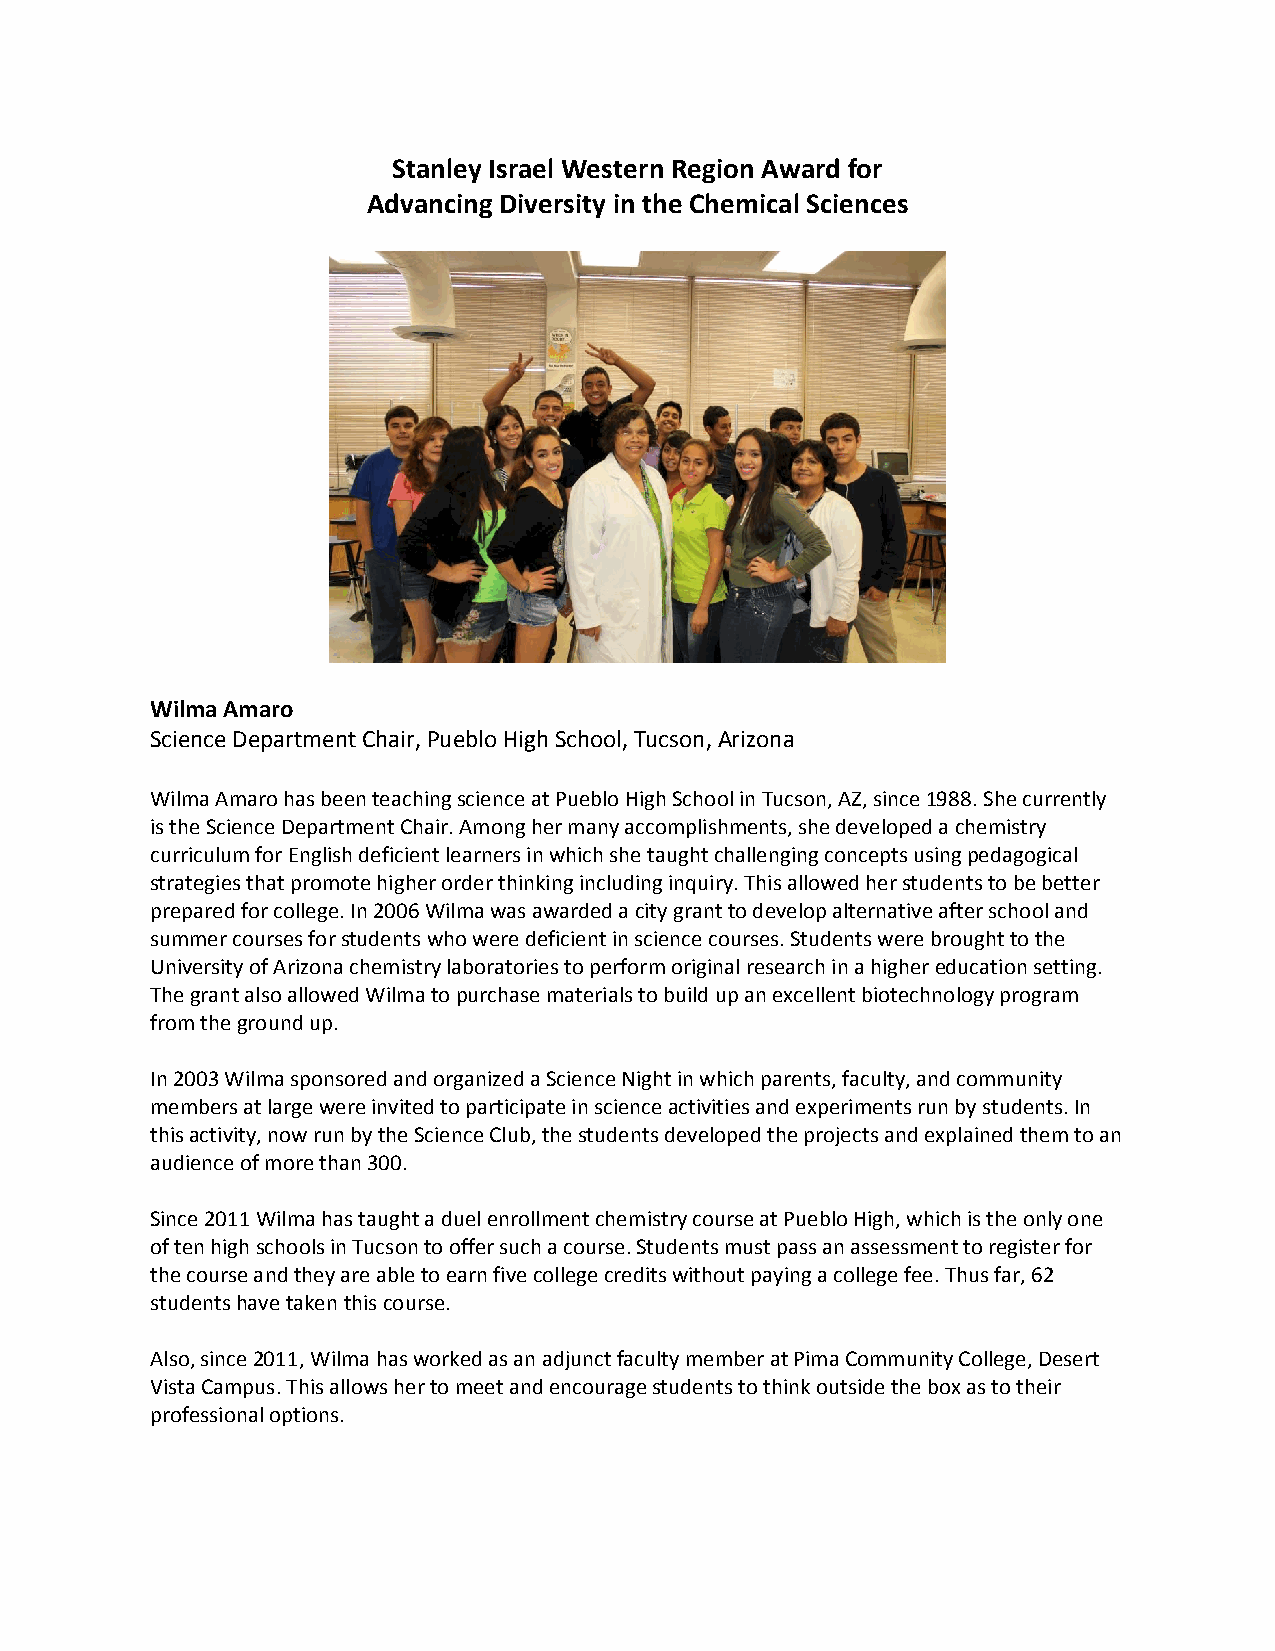
Stanley Israel Western Region Award for
 Advancing Diversity in the Chemical Sciences
 Wilma Amaro
 Science Department Chair, Pueblo High School, Tucson, Arizona
 Wilma Amaro has been teaching science at Pueblo High School in Tucson, AZ, since 1988. She currently
 is the Science Department Chair. Among her many accomplishments, she developed a chemistry
 curriculum for English deficient learners in which she taught challenging concepts using pedagogical
 strategies that promote higher order thinking including inquiry. This allowed her students to be better
 prepared for college. In 2006 Wilma was awarded a city grant to develop alternative after school and
 summer courses for students who were deficient in science courses. Students were brought to the
 University of Arizona chemistry laboratories to perform original research in a higher education setting.
 The grant also allowed Wilma to purchase materials to build up an excellent biotechnology program
 from the ground up.
 In 2003 Wilma sponsored and organized a Science Night in which parents, faculty, and community
 members at large were invited to participate in science activities and experiments run by students. In
 this activity, now run by the Science Club, the students developed the projects and explained them to an
 audience of more than 300.
 Since 2011 Wilma has taught a duel enrollment chemistry course at Pueblo High, which is the only one
 of ten high schools in Tucson to offer such a course. Students must pass an assessment to register for
 the course and they are able to earn five college credits without paying a college fee. Thus far, 62
 students have taken this course.
 Also, since 2011, Wilma has worked as an adjunct faculty member at Pima Community College, Desert
 Vista Campus. This allows her to meet and encourage students to think outside the box as to their
 professional options.